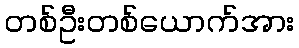
တစ်ဦးတစ်ယောက်အား